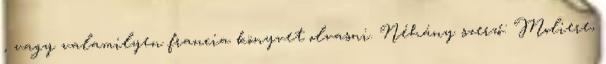
, vagy valamilyen francia könyvet olvasni. Néhány szerző: Moliere,